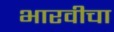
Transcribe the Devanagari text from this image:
भारवीचा